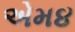
એમ૪